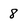
Character: 8